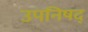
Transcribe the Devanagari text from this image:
उपनिषद्‍